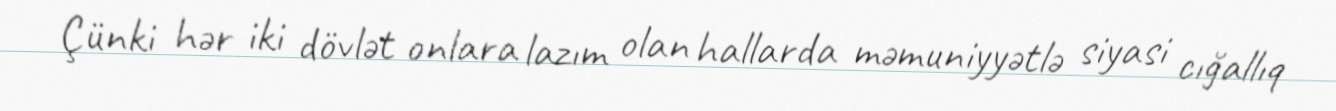
Çünki hər iki dövlət onlara lazım olan hallarda məmuniyyətlə siyasi cığallıq